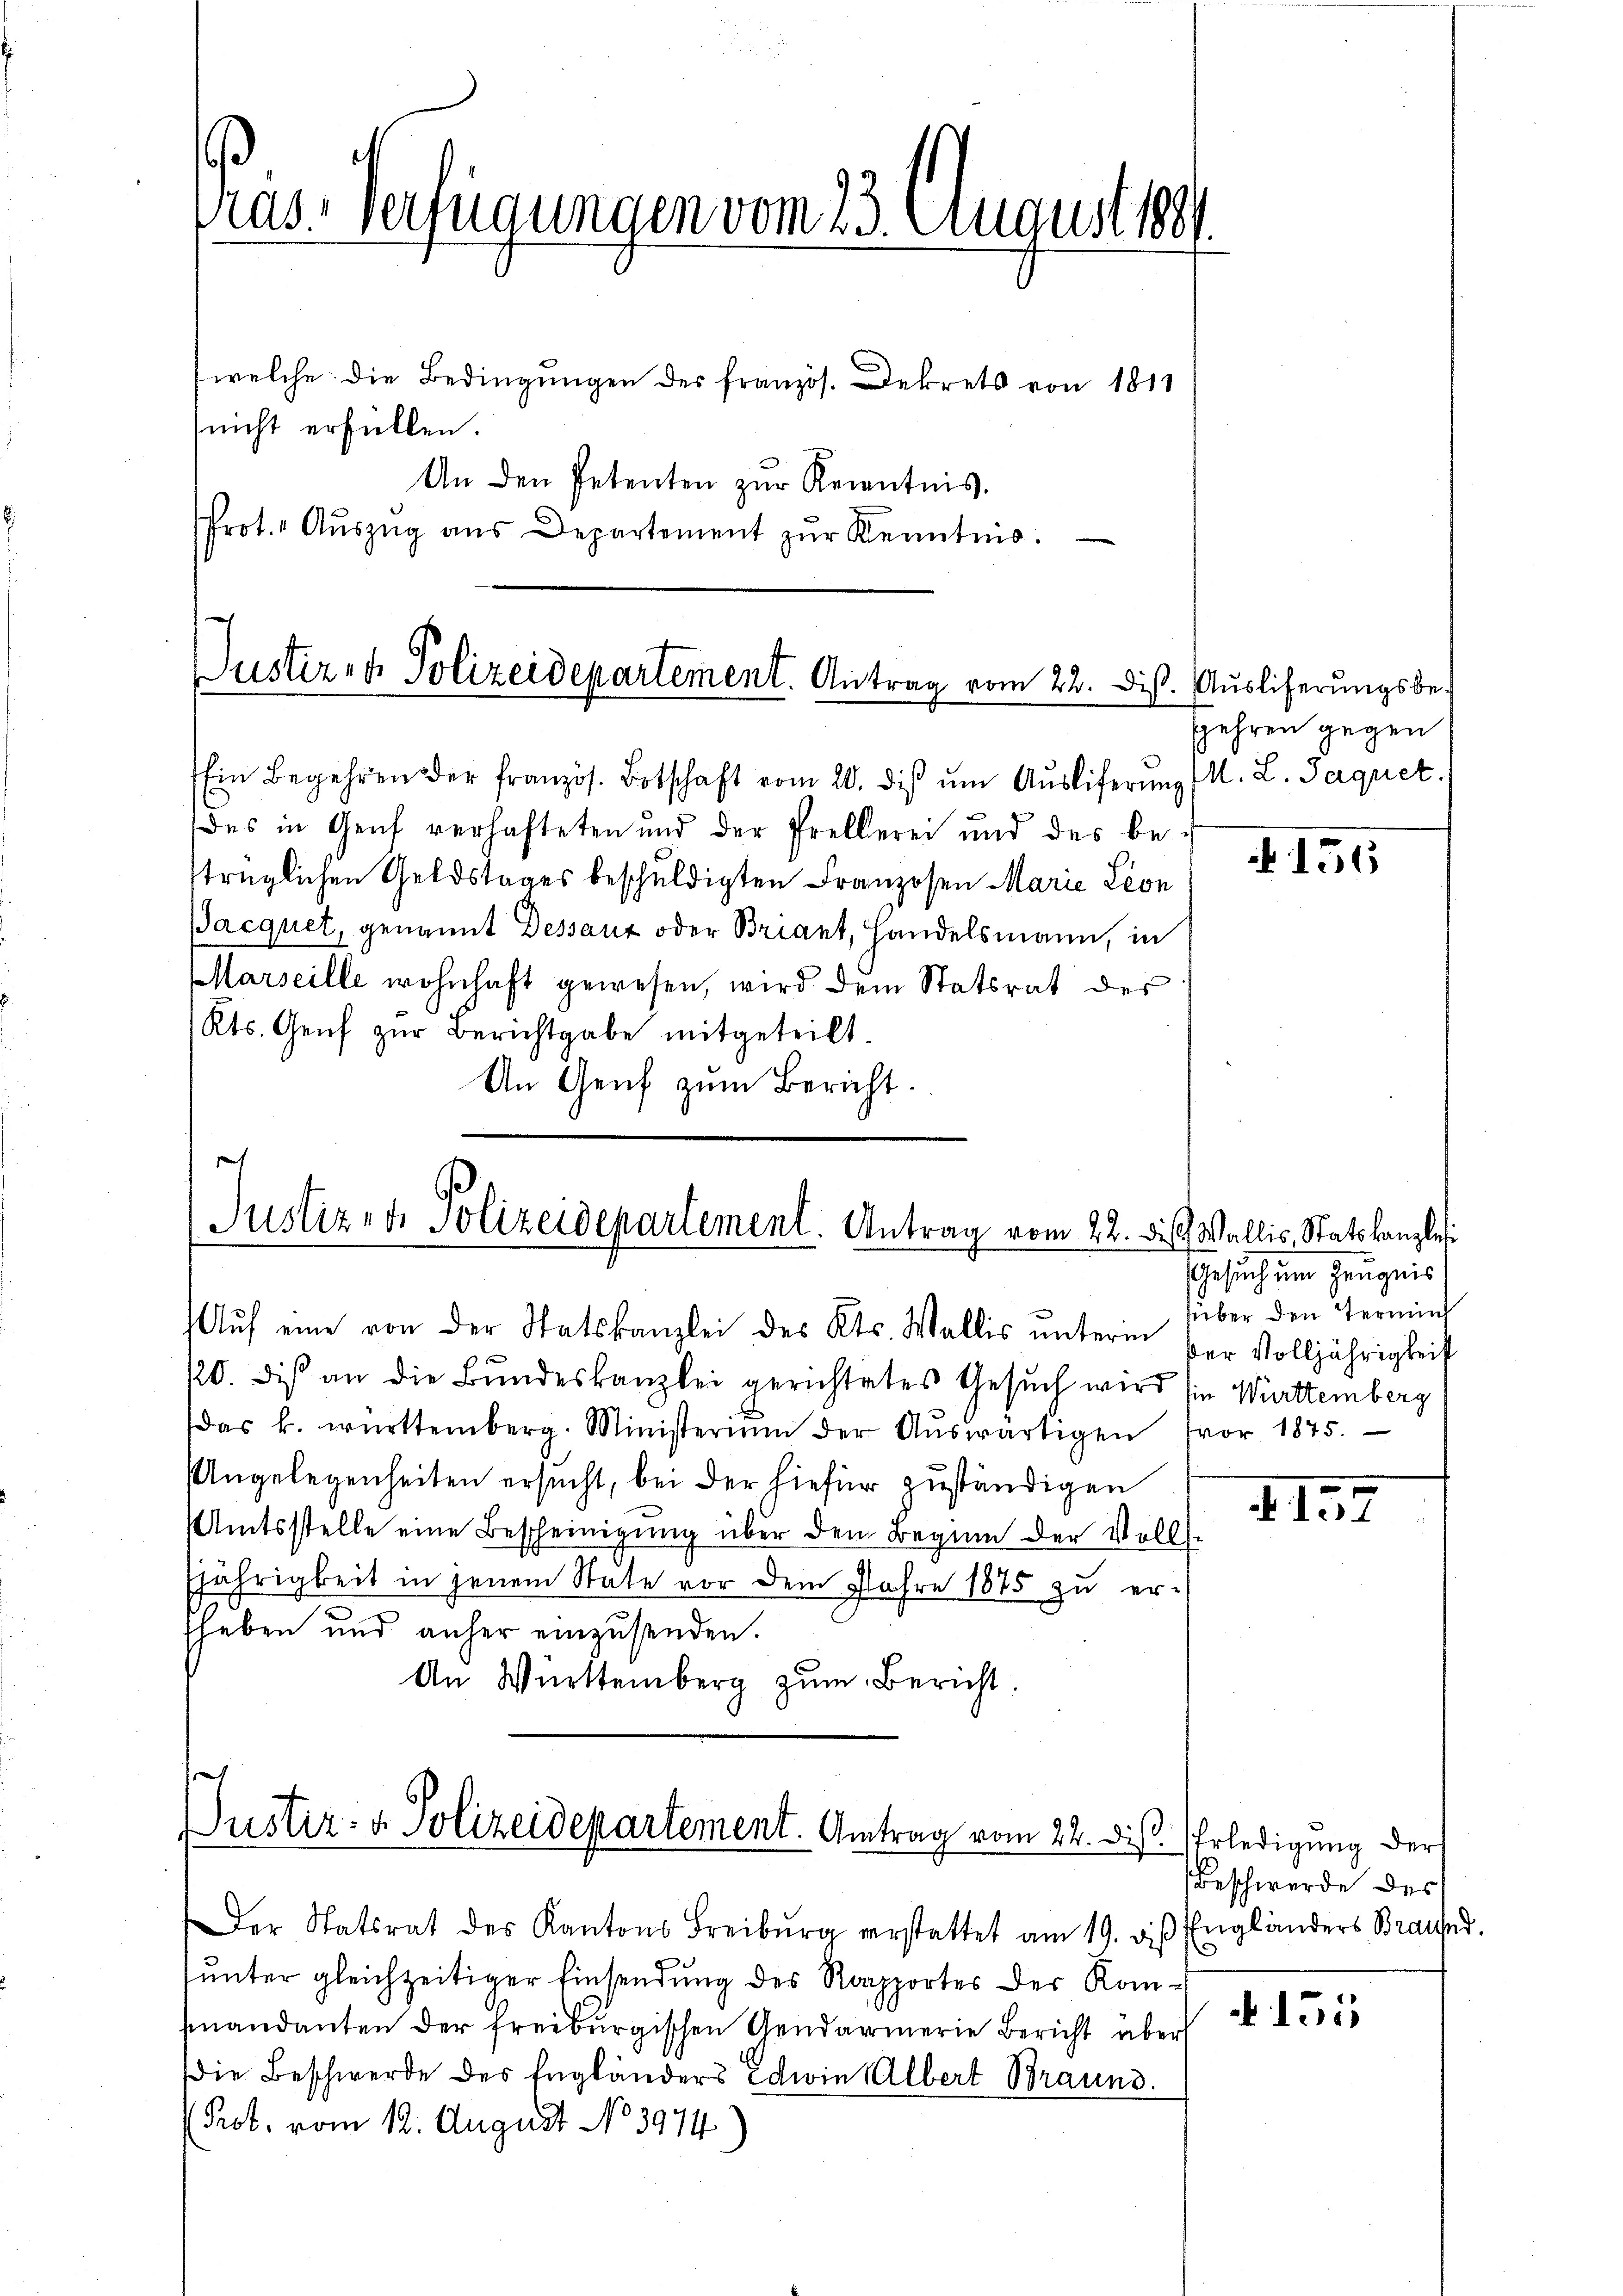
ras-Verfügungen vom 23. August 1891
(welche. Die Bedingungen des französ. Dekrets von 1811
nicht erfüllen.
An den Petenten zŭr Kenntnis.
Prot. Aŭszŭg aŭs Departement zŭr Kenntnis.

Justiren Polizeidepartement. Antrag vom 22. Diß. Ausliferungsbe¬
Ein Begehren der französ. Botschaft vom 20. diβ ŭm Aŭsliferung (M. L. Jaquet.

Das in Genf verhafteten und der Prellerei und des betrüglichen Geldstages beschuldigten Franzosen Marie Leon
Pacquet, genannt Dessauz oder Briant, Handelsmann, in
Marseille wohnhaft gewesen, wird dem Statsrat des
Kts. Genf zur Berichtgabe mitgeteilt.
An Genf zum Bericht.

Aŭf eine von der Statskanzlei des Kts. Wallis ŭnterm der Volljährigkeit
120. dis an die Bundeskanzlei gerichtetes Gesuch wird sie Württemberg
das k. württemberg. Ministerium der Aŭswärtigen vor 1875.
Angelegenheiten ersucht, bei der hiefür zuständigen
Amtsstelle eine Bescheinigung über den Beginn der Voll-
7jährigkeit in jenem State vor dem Jahre 1875 zu er-
heben und anher einzusenden.
An Württemberg zum Bericht

sa
Justizen Polizeidepartement. Antrag vom 22. des Wallis, Statskanzlei

Justiz- & Polizeidepartement. Antrag vom 22. diβ. Erledigung der
Der Statsrat des Kantons Freiburg verstattet am 19. diß Engländers Braund.

(unter gleichzeitiger Einsendung des Rapportes der Komfinandanten der freiburgischen Gendarmerie Bericht über
die Beschwerde des Engländers Edwin Albert Braund.
Prot. vom 12. August No. 3974

gehren gegen

155

Gesuch um Zeugnis
süber den Termis

157

Beschwerde des

N 151